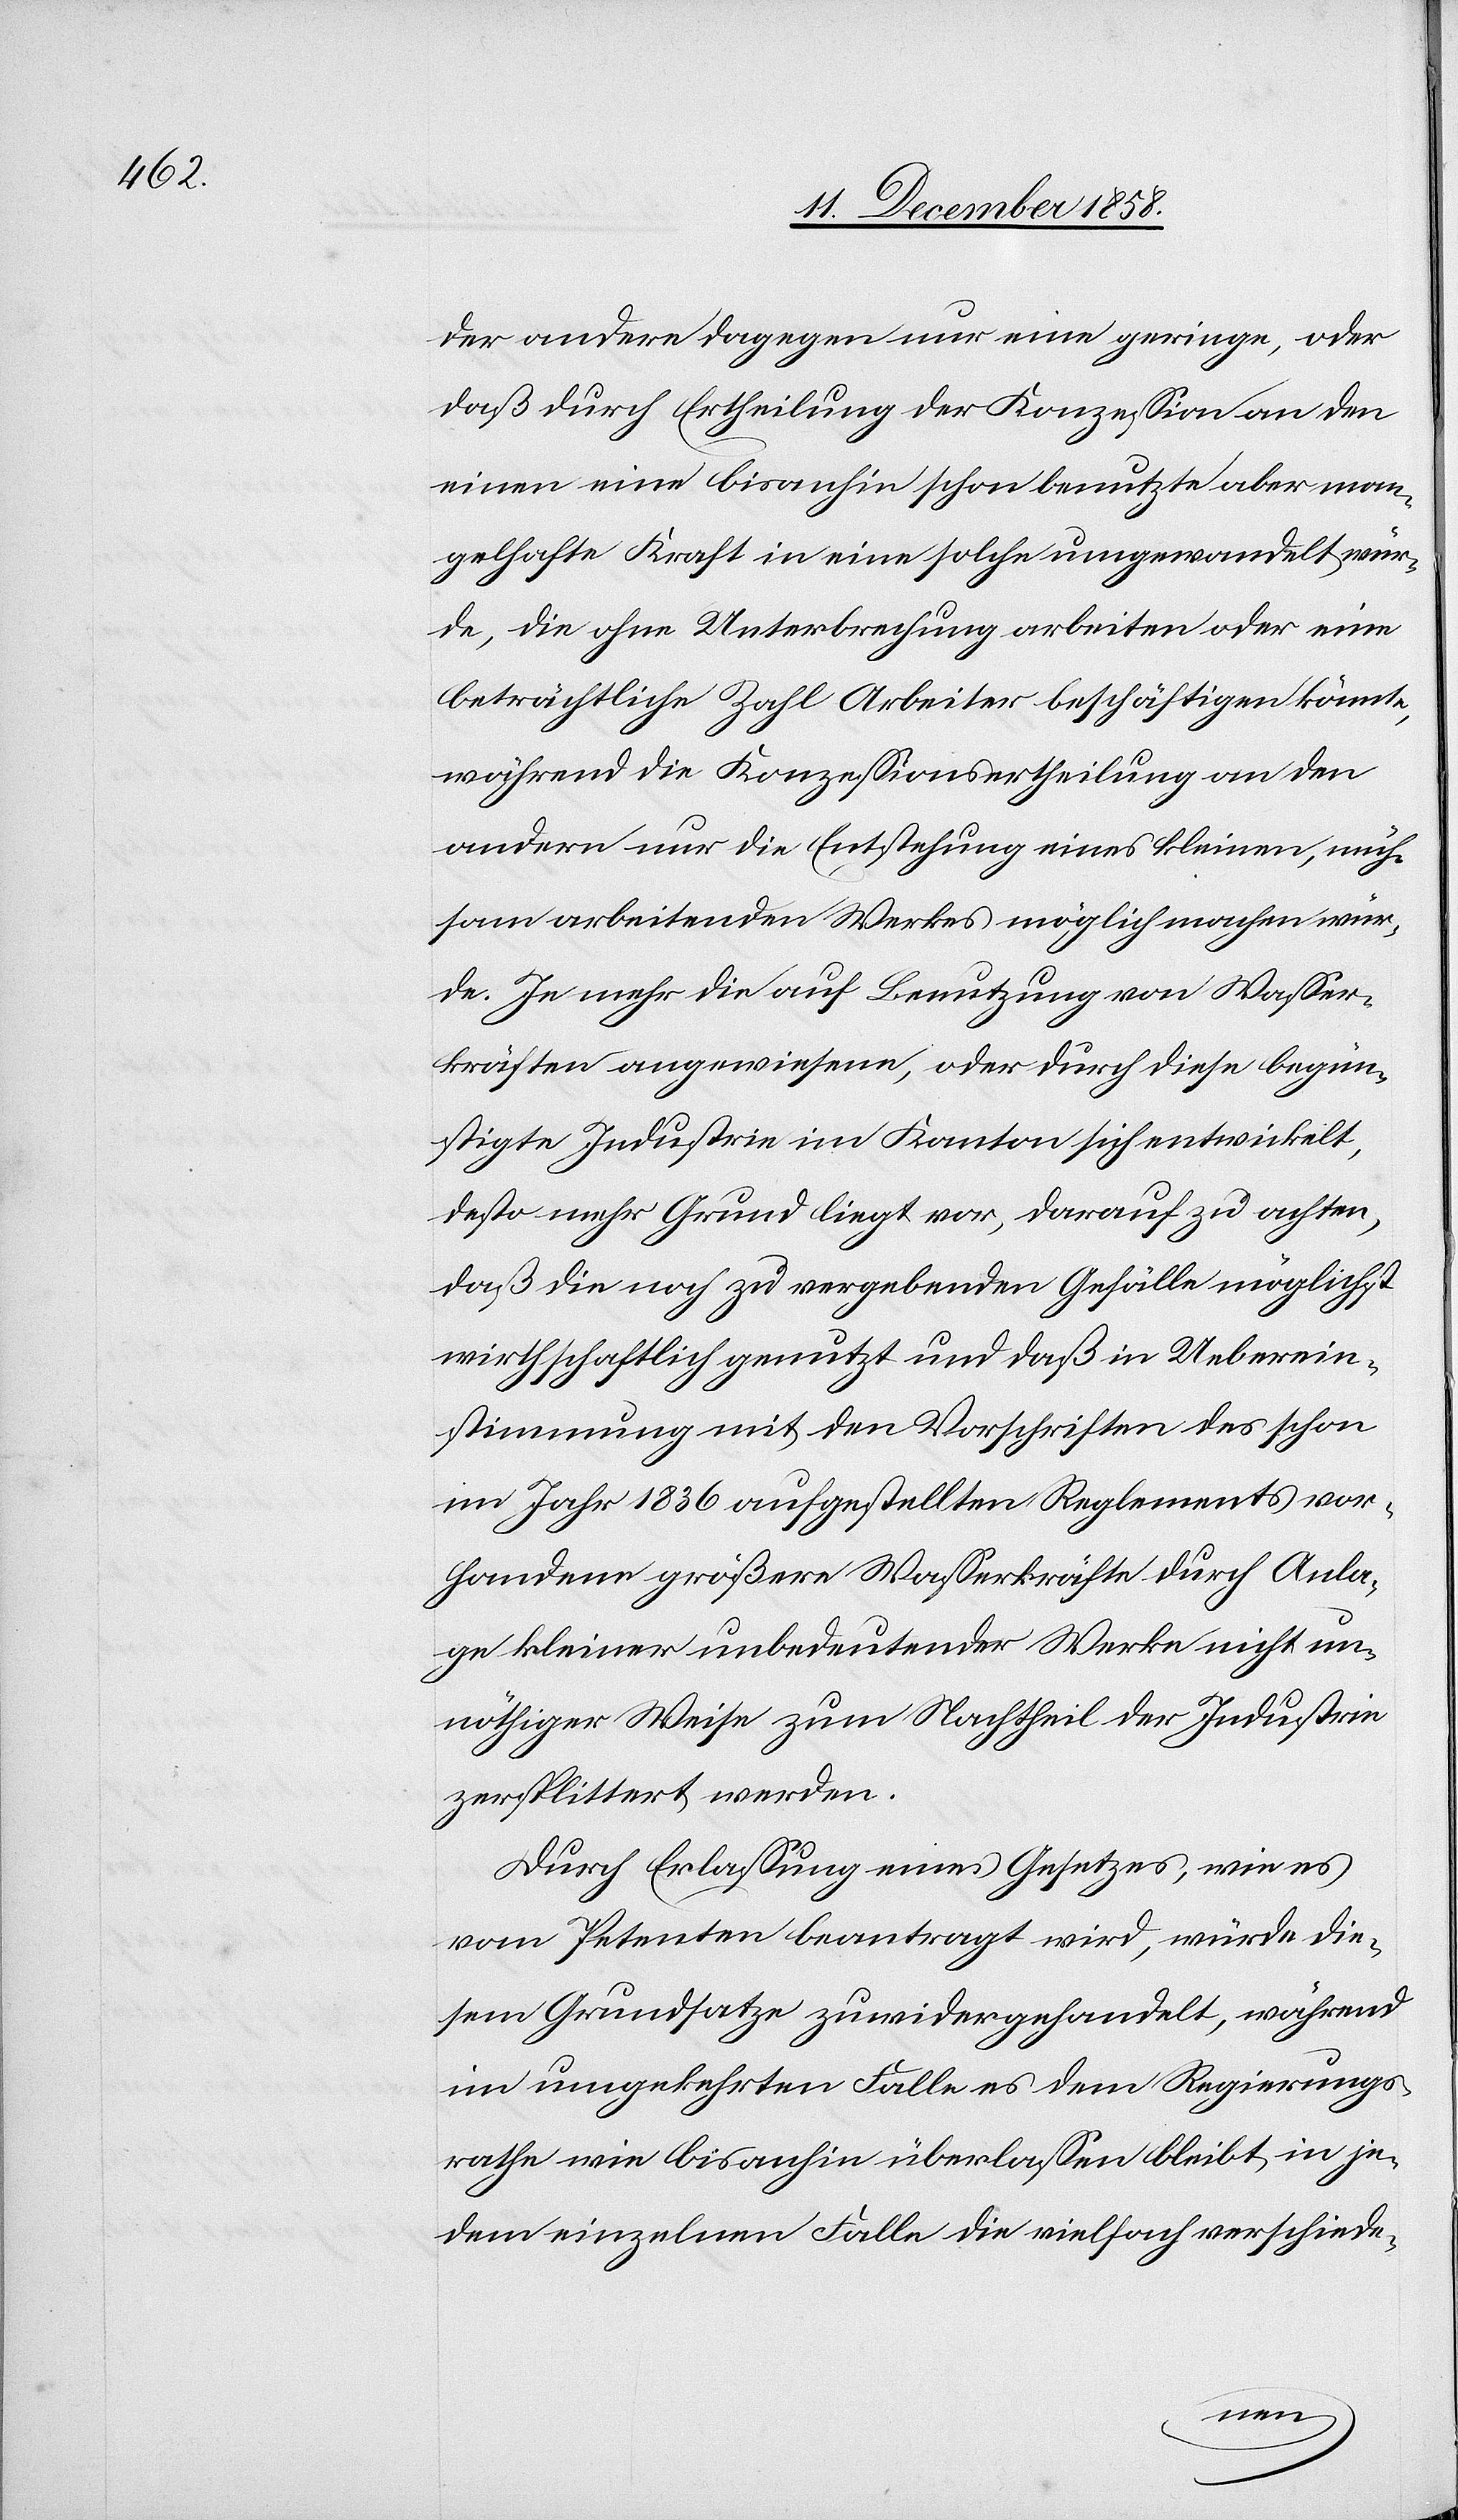
der andere dagegen nur eine geringe, oder
daß durch Ertheilung der Konzession an den
einen eine bisanhin schon benutzte aber man¬
gelhafte Kraft in eine solche umgewandelt wür¬
de, die ohne Unterbrechung arbeiten oder eine
beträchtliche Zahl Arbeiter beschäftigen könnte,
während die Konzessionsertheilung an den
andern nur die Entstehung eines kleinen, müh¬
sam arbeitenden Werkes möglich machen wür¬
de. Je mehr die auf Benutzung von Wasser¬
kräften angewiesene, oder durch diese begün¬
stigte Industrie im Kanton sich entwickelt,
desto mehr Grund liegt vor, darauf zu achten,
daß die noch zu vergebenden Gefälle möglichst
wirthschaftlich genutzt und daß in Ueberein¬
stimmung mit den Vorschriften des schon
im Jahr 1836 aufgestellten Reglements vor¬
handene größere Wasserkräfte durch Anla¬
ge kleiner unbedeutender Werke nicht un¬
nöthiger Weise zum Nachtheil der Industrie
zersplittert werden.
Durch Erlassung eines Gesetzes, wie es
vom Petenten beantragt wird, würde die¬
sem Grundsatze zuwidergehandelt, während
im umgekehrten Falle es dem Regierungs¬
rathe wie bisanhin überlassen bleibt, in je¬
dem einzelnen Falle die vielfach verschiede-